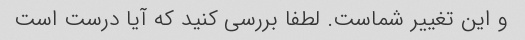
و این تغییر شماست. لطفا بررسی کنید که آیا درست است